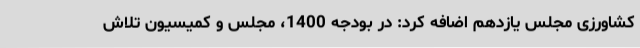
کشاورزی مجلس یازدهم اضافه کرد: در بودجه 1400، مجلس و کمیسیون تلاش